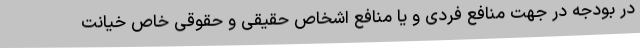
در بودجه در جهت منافع فردی و یا منافع اشخاص حقیقی و حقوقی خاص خیانت